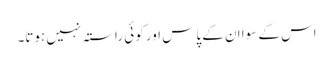
اس کے سوا ان کے پاس اور کوئی راستہ نہیں ہوتا۔